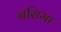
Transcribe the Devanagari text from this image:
बसिमा